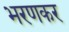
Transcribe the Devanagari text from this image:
भरणकर